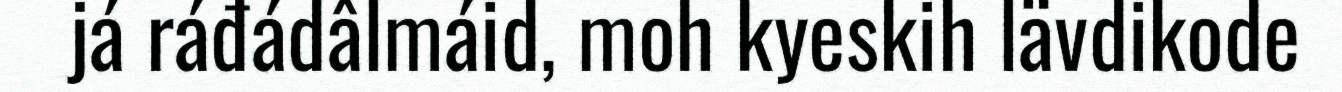
já ráđádâlmáid, moh kyeskih lävdikode